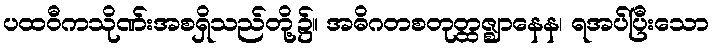
ပထဝီကသိုဏ်းအစရှိသည်တို့၌။ အဓိဂတစတုတ္ထဇ္ဈာနေန၊ ရအပ်ပြီးသော